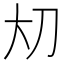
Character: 𪥂